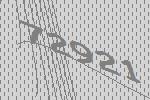
72921